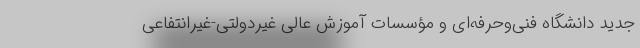
جدید دانشگاه فنی‌و‌حرفه‌ای و مؤسسات آموزش عالی غیردولتی-غیرانتفاعی